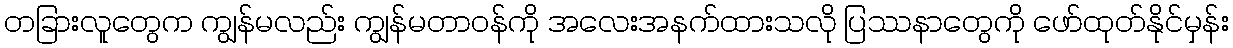
တခြားလူတွေက ကျွန်မလည်း ကျွန်မတာဝန်ကို အလေးအနက်ထားသလို ပြဿနာတွေကို ဖော်ထုတ်နိုင်မှန်း